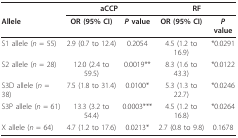
<table><thead><tr><td></td><td colspan="2"><b>aCCP</b></td><td colspan="2"><b>RF</b></td></tr><tr><td><b>Allele</b></td><td><b>OR (95% CI)</b></td><td><b><i>P </i>value</b></td><td><b>OR (95% CI)</b></td><td><b><i>P </i>value</b></td></tr></thead><tbody><tr><td>S1 allele (<i>n </i>= 55)</td><td>2.9 (0.7 to 12.4)</td><td>0.2054</td><td>4.5 (1.2 to 16.9)</td><td>*0.0291</td></tr><tr><td>S2 allele (<i>n </i>= 28)</td><td>12.0 (2.4 to 59.5)</td><td>0.0019**</td><td>8.3 (1.6 to 43.3)</td><td>*0.0122</td></tr><tr><td>S3D allele (<i>n </i>= 38)</td><td>7.5 (1.8 to 31.4)</td><td>0.0100*</td><td>5.3 (1.3 to 22.7)</td><td>*0.0246</td></tr><tr><td>S3P allele (<i>n </i>= 61)</td><td>13.3 (3.2 to 54.4)</td><td>0.0003***</td><td>4.5 (1.2 to 16.8)</td><td>*0.0264</td></tr><tr><td>X allele (<i>n </i>= 64)</td><td>4.7 (1.2 to 17.6)</td><td>0.0213*</td><td>2.7 (0.8 to 9.8)</td><td>0.1678</td></tr></tbody></table>